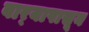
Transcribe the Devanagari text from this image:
वार्‍यापासून